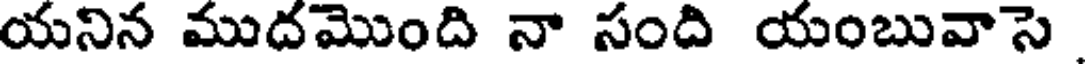
యనిన ముదమొంది నా సంది యంబువాసె